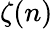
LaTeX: \zeta(n)